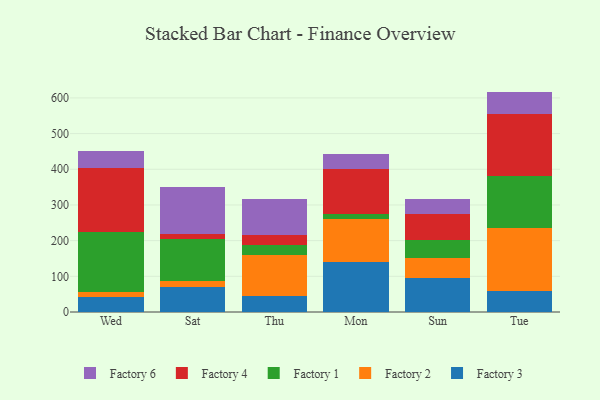
{"axis": {"x": "Day", "y": "Demand Index"}, "legend": ["Factory 1", "Factory 2", "Factory 3", "Factory 4", "Factory 6"], "data": [{"x": "Wed", "y": 43.4, "type": "Factory 3"}, {"x": "Wed", "y": 12.5, "type": "Factory 2"}, {"x": "Wed", "y": 169.5, "type": "Factory 1"}, {"x": "Wed", "y": 177.1, "type": "Factory 4"}, {"x": "Wed", "y": 49.3, "type": "Factory 6"}, {"x": "Sat", "y": 70.0, "type": "Factory 3"}, {"x": "Sat", "y": 16.3, "type": "Factory 2"}, {"x": "Sat", "y": 117.1, "type": "Factory 1"}, {"x": "Sat", "y": 16.0, "type": "Factory 4"}, {"x": "Sat", "y": 131.5, "type": "Factory 6"}, {"x": "Thu", "y": 44.5, "type": "Factory 3"}, {"x": "Thu", "y": 114.4, "type": "Factory 2"}, {"x": "Thu", "y": 29.8, "type": "Factory 1"}, {"x": "Thu", "y": 27.4, "type": "Factory 4"}, {"x": "Thu", "y": 101.9, "type": "Factory 6"}, {"x": "Mon", "y": 140.9, "type": "Factory 3"}, {"x": "Mon", "y": 119.1, "type": "Factory 2"}, {"x": "Mon", "y": 13.7, "type": "Factory 1"}, {"x": "Mon", "y": 127.1, "type": "Factory 4"}, {"x": "Mon", "y": 41.4, "type": "Factory 6"}, {"x": "Sun", "y": 94.3, "type": "Factory 3"}, {"x": "Sun", "y": 56.6, "type": "Factory 2"}, {"x": "Sun", "y": 50.8, "type": "Factory 1"}, {"x": "Sun", "y": 72.0, "type": "Factory 4"}, {"x": "Sun", "y": 43.4, "type": "Factory 6"}, {"x": "Tue", "y": 59.9, "type": "Factory 3"}, {"x": "Tue", "y": 175.3, "type": "Factory 2"}, {"x": "Tue", "y": 145.7, "type": "Factory 1"}, {"x": "Tue", "y": 172.9, "type": "Factory 4"}, {"x": "Tue", "y": 63.9, "type": "Factory 6"}]}